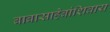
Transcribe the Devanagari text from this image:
बाबासाहेबांशिवाय